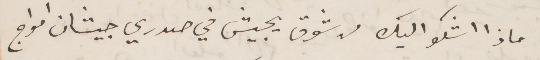
ماذا اشكو اليك من شوق يجيش في صدري جيشان أمواج